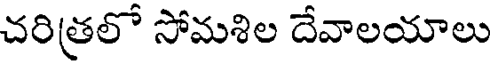
చరిత్రలో సోమశిల దేవాలయాలు